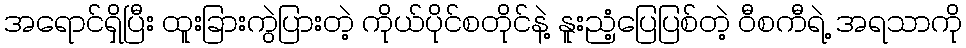
အရောင်ရှိပြီး ထူးခြားကွဲပြားတဲ့ ကိုယ်ပိုင်စတိုင်နဲ့ နူးညံ့ပြေပြစ်တဲ့ ဝီစကီရဲ့ အရသာကို